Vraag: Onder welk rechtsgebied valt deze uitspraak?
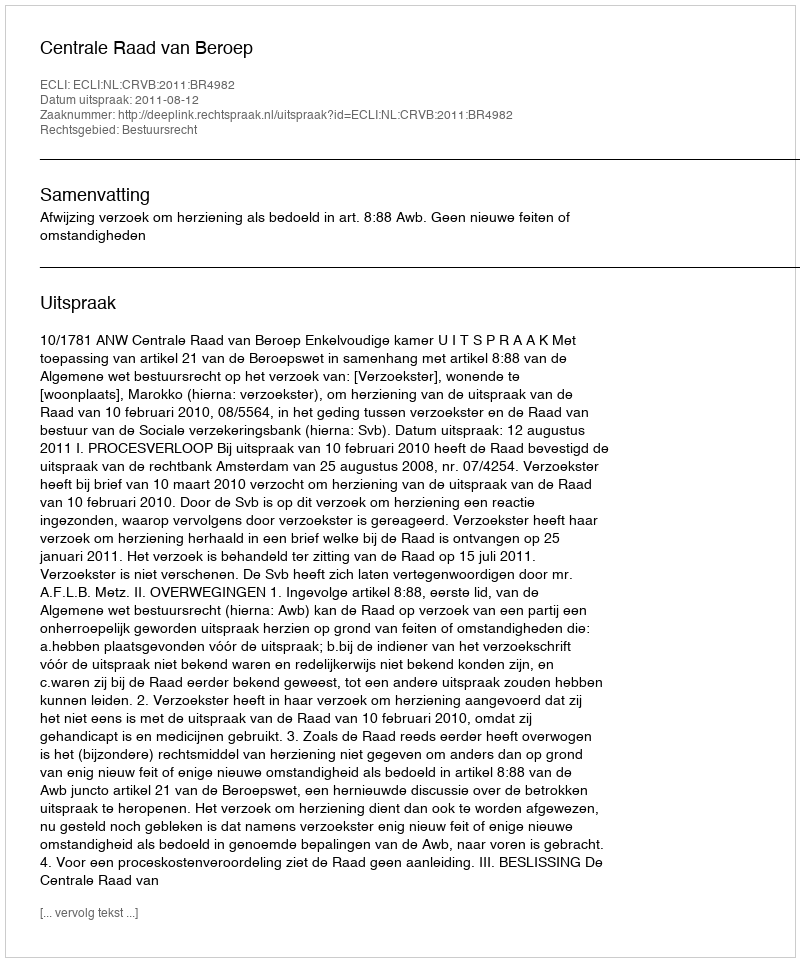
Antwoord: Bestuursrecht